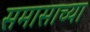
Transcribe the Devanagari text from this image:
समासाच्या